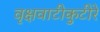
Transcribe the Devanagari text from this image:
वृक्षवाटीकुटीरे